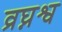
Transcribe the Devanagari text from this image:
व्रघ्नश्व